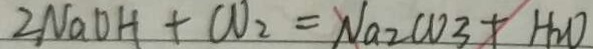
2 N a O H + C O _ { 2 } = N a _ { 2 } C O _ { 3 } + H _ { 2 } O